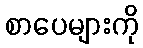
စာပေများကို